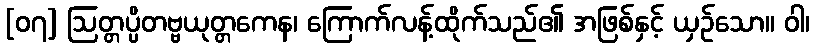
[၀၇] ဩတ္တပ္ပိတဗ္ဗယုတ္တကေန၊ ကြောက်လန့်ထိုက်သည်၏ အဖြစ်နှင့် ယှဉ်သော။ ဝါ၊